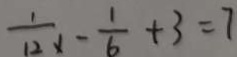
\frac { 1 } { 1 2 x } - \frac { 1 } { 6 } + 3 = 7